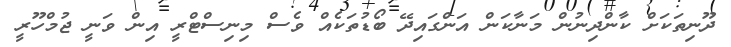
ދޫނިތަކަށް ކާންދިނުން މަނާކަން އަންގައިދޭ ބޯޑުތަކެއް ވެސް މިނިސްޓްރީ އިން ވަނީ ޖުމްހޫރީ